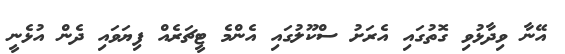
އޭނާ ވިދާޅުވި ގޮތުގައި އެރަށު ސްކޫލުގައި އެންމެ ޓީޗަރެއް ފިޔަވައި ދެން އުޅެނީ